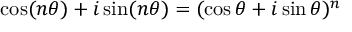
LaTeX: \cos ( n \theta ) + i \sin ( n \theta ) = ( \cos \theta + i \sin \theta ) ^ { n }